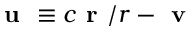
\textbf { u } \equiv c \textbf { r } / r - \textbf { v }